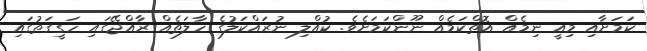
ކަމަށާއި މިއީ ނިމެއް އޮތްކަމެއް ނޫންކަމަށެވެ. ކުއްލި ނުރައްކަލުގެ ހާލަތެއް ރާއްޖޭގައި ހަގީގަތުގައި